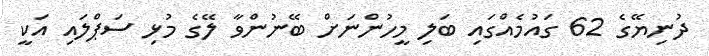
ދުނިޔޭގެ 62 ގައުމެއްގައި ބަލި މީހުންނަށް ބޭނުންވާ ލޭގެ މުޅި ސަޕްލައި އަކީ